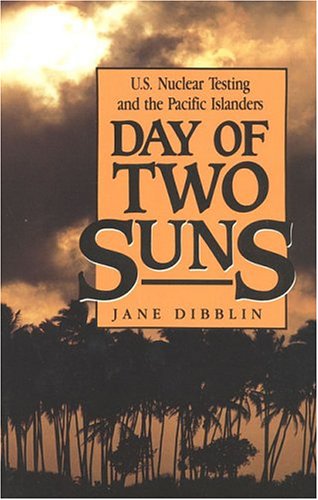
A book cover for Day of Two Suns: U.S. Nuclear Testing and the Pacific Islanders; Jane Dibblin; History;